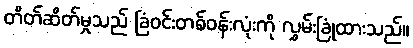
တိတ်ဆိတ်မှုသည် ခြံဝင်းတစ်ဝန်းလုံးကို လွှမ်းခြုံထားသည်။